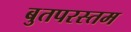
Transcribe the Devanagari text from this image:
बुतपरस्तम